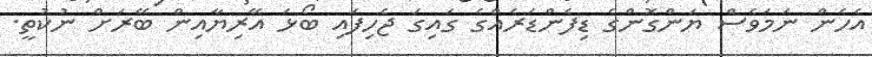
އެހެން ނަމަވެސް ޔަންގޮންގެ ޑިފެންޑަރެއްގެ ގައިގަ ޖެހިފައި ބޯޅަ އޭރިޔާއިން ބޭރަށް ނުކުތީ.